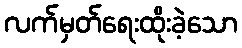
လက်မှတ်ရေးထိုးခဲ့သော